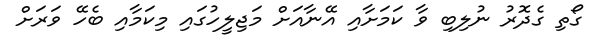
ގޯތި ގެދޮރު ނުލިބި ވާ ކަމަށާއި އޭނާއަށް މަޖިލީހުގައި މިކަމާއި ބެހޭ ވަރަށް